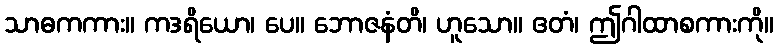
သာဓကကား။ ကဒရိယော၊ ပေ။ ဘောဇနံတိ၊ ဟူသော။ ဧတံ၊ ဤဂါထာစကားကို။